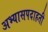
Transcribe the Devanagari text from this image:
अभ्यासपदाहती